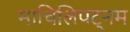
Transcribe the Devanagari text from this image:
माचिलिपट्नम